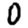
Digit: 0